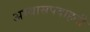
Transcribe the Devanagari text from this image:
अभ्यासपदाहती